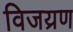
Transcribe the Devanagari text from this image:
विजय्रण